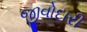
જીવોદારી